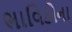
ભાવિકોના